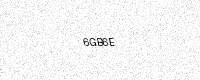
Text: 6GB6E